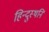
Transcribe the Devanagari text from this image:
हिन्दुस्थनि